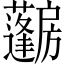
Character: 𱟨